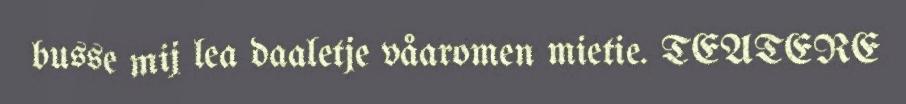
busse mij lea daaletje våaromen mietie. TEATERE